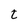
Character: t